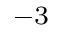
^ { - 3 }